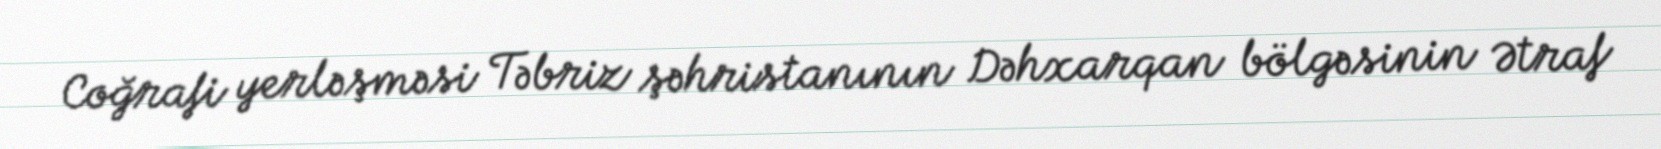
Coğrafi yerləşməsi Təbriz şəhristanının Dəhxarqan bölgəsinin Ətraf